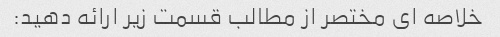
خلاصه ای مختصر از مطالب قسمت زیر ارائه دهید: